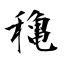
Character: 穐